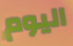
اليوم